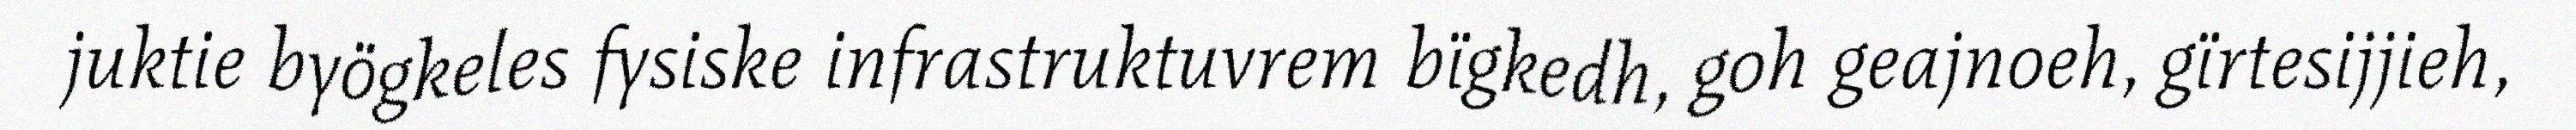
juktie byögkeles fysiske infrastruktuvrem bïgkedh, goh geajnoeh, gïrtesijjieh,